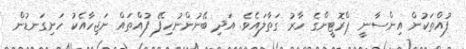
ފުއްތަކުން އިންސާނީ ޕްރޮޓީންގެ ހާރު ގަތާލައެވެ. އަދި ބޭނުންނުހިފޭ ފުއްތައް ނަޖިހާއެކު ހަށިގަނޑުން